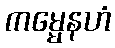
ကမ္မေနဟံ